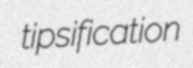
tipsification